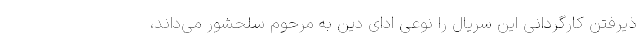
ذیرفتن کارگردانی این سریال را نوعی ادای دین به مرحوم سلحشور می‌داند،